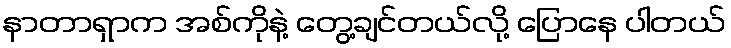
နာတာရှာက အစ်ကိုနဲ့ တွေ့ချင်တယ်လို့ ပြောနေ ပါတယ်